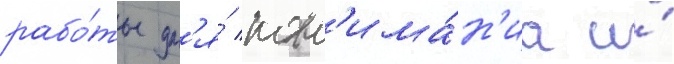
рабо́ты дл'я́ пон'има́н'иа и́